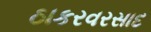
ઠાકરવરસાદ